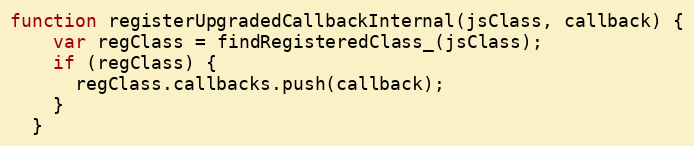
Language: JavaScript
function registerUpgradedCallbackInternal(jsClass, callback) {
    var regClass = findRegisteredClass_(jsClass);
    if (regClass) {
      regClass.callbacks.push(callback);
    }
  }